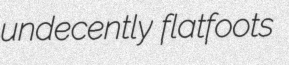
undecently flatfoots